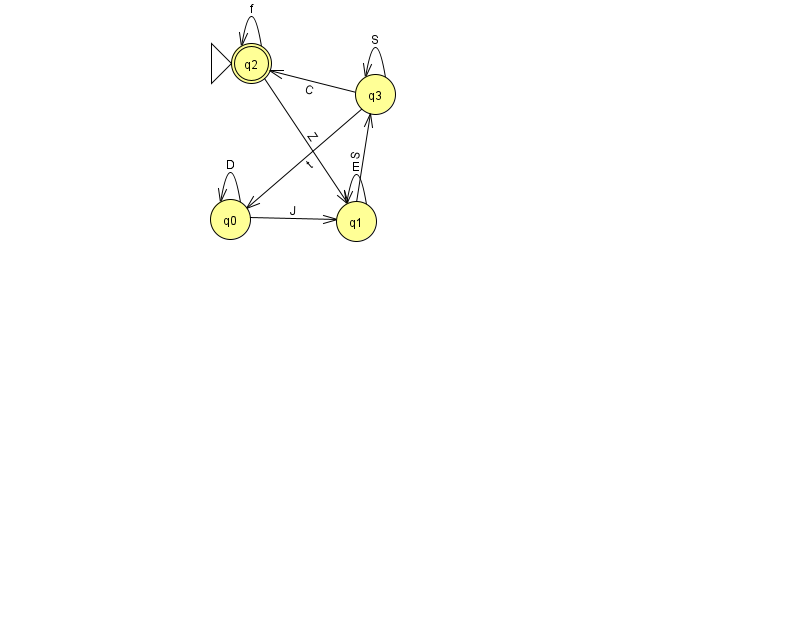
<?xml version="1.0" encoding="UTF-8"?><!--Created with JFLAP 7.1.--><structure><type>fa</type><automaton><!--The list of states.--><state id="0" name="q0"><x>230.0</x><y>206.0</y></state><state id="1" name="q1"><x>356.0</x><y>208.0</y></state><state id="2" name="q2"><x>251.0</x><y>50.0</y><initial/><final/></state><state id="3" name="q3"><x>375.0</x><y>81.0</y></state><!--The list of transitions.--><transition><from>3</from><to>2</to><read>C</read></transition><transition><from>1</from><to>3</to><read>S</read></transition><transition><from>3</from><to>3</to><read>S</read></transition><transition><from>0</from><to>0</to><read>D</read></transition><transition><from>0</from><to>1</to><read>J</read></transition><transition><from>1</from><to>1</to><read>E</read></transition><transition><from>2</from><to>2</to><read>f</read></transition><transition><from>2</from><to>1</to><read>Z</read></transition><transition><from>3</from><to>0</to><read>t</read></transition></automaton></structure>